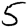
Digit: 5